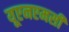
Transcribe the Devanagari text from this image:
यूएनएमसी